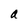
Character: a